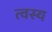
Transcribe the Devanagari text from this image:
त्वस्य